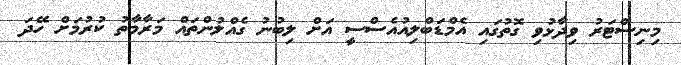
މިނިސްޓަރު ވިދާޅުވި ގޮތުގައި އެމްޑަބްލިއުއެސްސީ އަށް ލިބުނު ގެއްލުންތައް މަރާމާތު ކުރުމަށް ހޭދަ